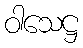
ဝါသေဋ္ဌ